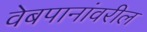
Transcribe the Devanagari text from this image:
वेबपानांवरील